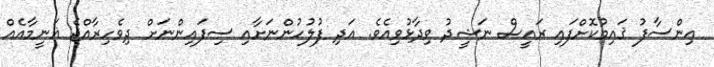
އިންސާފު ޤައިމުކޮށްފައި ރައީސް ނަޝީދު ވިދާޅުވިއެވެ. އަދި ފުލުހުންނަށާއި ސިފައިންނަށް ދިވެހިރާއްޖެ ޣަނީމާއެއް